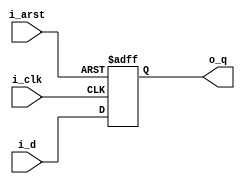
module shift_reg
#(
	parameter	D_WIDTH	= 1,
	parameter	TAPE	= 1
)
(
	input	i_arst,
	input	i_clk,
	
	input	[D_WIDTH-1:0]i_d,
	output	[D_WIDTH-1:0]o_q
);

reg		[D_WIDTH-1:0]r_q[0:TAPE-1];

always@(posedge i_arst or posedge i_clk)
begin
	if (i_arst)
		r_q[0]	<= {D_WIDTH{1'b0}};
	else
		r_q[0]	<= i_d;
end

genvar i;
generate
	for (i=1; i<TAPE; i=i+1)
	begin: shift
		always@(posedge i_arst or posedge i_clk)
		begin
			if (i_arst)
				r_q[i]	<= {D_WIDTH{1'b0}};
			else
				r_q[i]	<= r_q[i-1];
		end
	end
endgenerate

assign	o_q	= r_q[TAPE-1];

endmodule